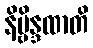
နိဗ္ဗိန္ဒထာတိ